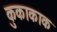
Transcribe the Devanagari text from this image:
कुकाकाक